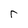
Character: r